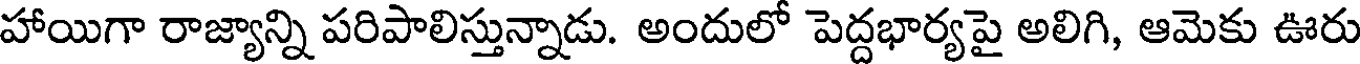
హాయిగా రాజ్యాన్ని పరిపాలిస్తున్నాడు. అందులో పెద్దభార్యపై అలిగి, ఆమెకు ఊరు